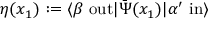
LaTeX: \eta ( x _ { 1 } ) : = \langle \beta \ \mathrm { o u t } | { \bar { \Psi } } ( x _ { 1 } ) | \alpha ^ { \prime } \ \mathrm { i n } \rangle